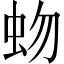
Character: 𧉚